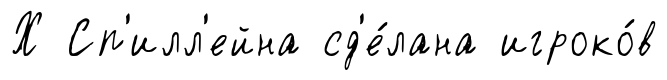
Х Сп'илл'ейна сд'е́лана игроко́в